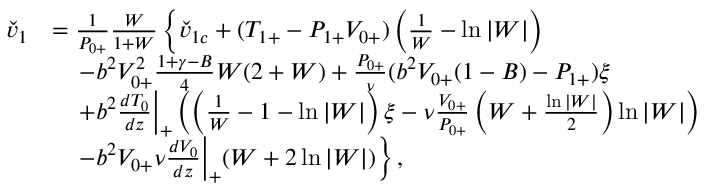
\begin{array} { r l } { \check { v } _ { 1 } } & { = \frac { 1 } { { P } _ { 0 + } } \frac { W } { 1 + W } \left\{ \check { v } _ { 1 c } + ( { T } _ { 1 + } - { P } _ { 1 + } { V } _ { 0 + } ) \left( \frac { 1 } { W } - \ln { | W | } \right) \right. } \\ & { \left. \quad - b ^ { 2 } { V } _ { 0 + } ^ { 2 } \frac { 1 + \gamma - B } { 4 } W ( 2 + W ) + \frac { { P } _ { 0 + } } { \nu } ( b ^ { 2 } { V } _ { 0 + } ( 1 - B ) - { P } _ { 1 + } ) \xi \right. } \\ & { \left. \quad + b ^ { 2 } \frac { d T _ { 0 } } { d z } \Big | _ { + } \left( \left( \frac { 1 } { W } - 1 - \ln { | W | } \right) \xi - \nu \frac { V _ { 0 + } } { P _ { 0 + } } \left( W + \frac { \ln { | W | } } { 2 } \right) \ln { | W | } \right) \right. } \\ & { \left. \quad - b ^ { 2 } V _ { 0 + } \nu \frac { d V _ { 0 } } { d z } \Big | _ { + } ( W + 2 \ln { | W | } ) \right\} , } \end{array}